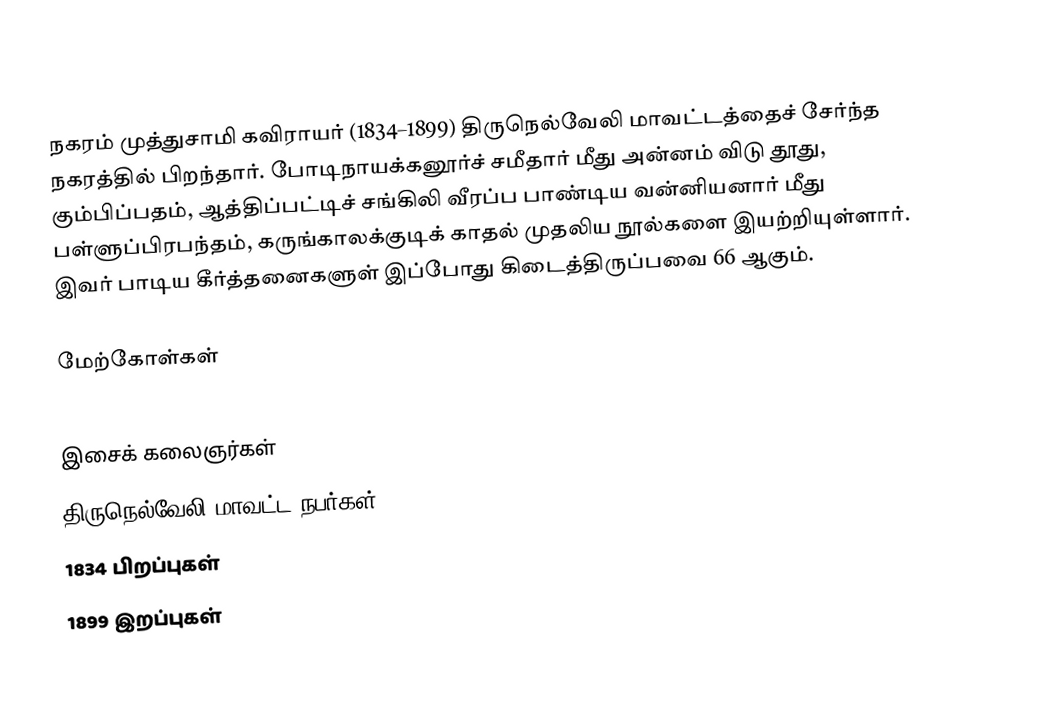
நகரம் முத்துசாமி கவிராயர் (1834–1899) திருநெல்வேலி மாவட்டத்தைச் சேர்ந்த நகரத்தில் பிறந்தார். போடிநாயக்கனூர்ச் சமீதார் மீது அன்னம் விடு தூது, கும்பிப்பதம், ஆத்திப்பட்டிச் சங்கிலி வீரப்ப பாண்டிய வன்னியனார் மீது பள்ளுப்பிரபந்தம், கருங்காலக்குடிக் காதல் முதலிய நூல்களை இயற்றியுள்ளார். இவர் பாடிய கீர்த்தனைகளுள் இப்போது கிடைத்திருப்பவை 66 ஆகும்.

மேற்கோள்கள்

இசைக் கலைஞர்கள்
திருநெல்வேலி மாவட்ட நபர்கள்
1834 பிறப்புகள்
1899 இறப்புகள்